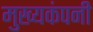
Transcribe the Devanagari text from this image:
मुख्यकंपनी